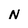
Character: N